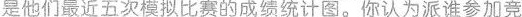
是他们最近五次模拟比赛的成绩统计图。你认为派谁参加竞